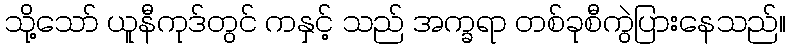
သို့သော် ယူနီကုဒ်တွင် ကနှင့် သည် အက္ခရာ တစ်ခုစီကွဲပြားနေသည်။